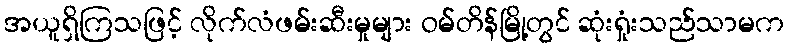
အယူရှိကြသဖြင့် လိုက်လံဖမ်းဆီးမှုများ ဝမ်တိန်မြို့တွင် ဆုံးရှုံးသည်သာမက